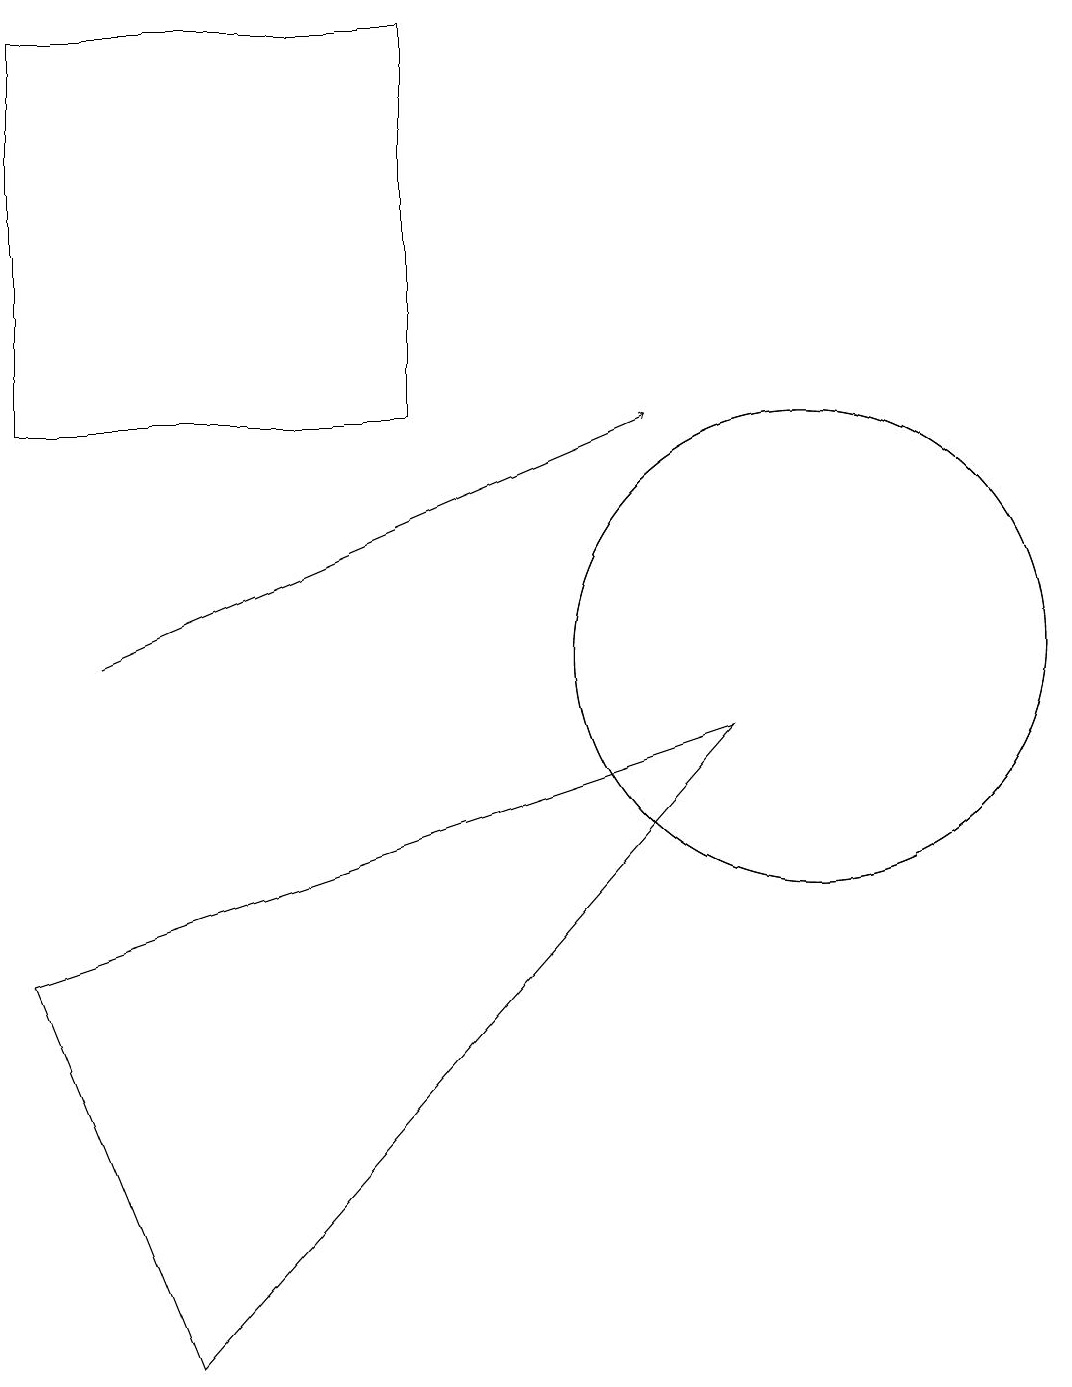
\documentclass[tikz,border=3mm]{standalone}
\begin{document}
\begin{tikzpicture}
\draw (2,1) -- (9,9) -- (0,6) -- cycle;
\draw (0,13) rectangle (5,18);
\draw (10,10) circle (3);
\draw (10,10) circle (3);
\draw[->] (1,10) -- (8,13);
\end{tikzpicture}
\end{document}